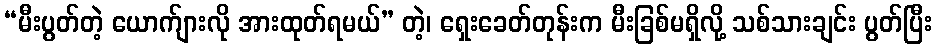
“မီးပွတ်တဲ့ ယောက်ျားလို အားထုတ်ရမယ်” တဲ့၊ ရှေးခေတ်တုန်းက မီးခြစ်မရှိလို့ သစ်သားချင်း ပွတ်ပြီး